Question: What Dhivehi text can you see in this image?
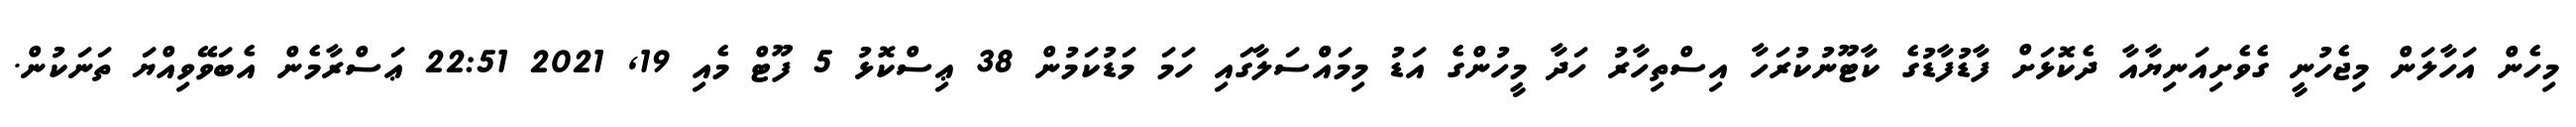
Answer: މިހެން އަހާލަން މިޖެހުނީ ގެވެށިއަނިޔާއާ ދެކޮޅަށް ފާޑުފާޑުގެ ކާޓޫނުކުރަހާ އިސްތިހާރު ހަދާ މީހުންގެ އަޑު މިމައްްސަލާގައި ހަމަ މަޑުކަމުން 38 ޢިސްކޮޅު 5 ފޫޓް މެއި 19, 2021 22:51 ޢަސްރާމެން އެބަވޭވިއްޔަ ތަނަކުން.